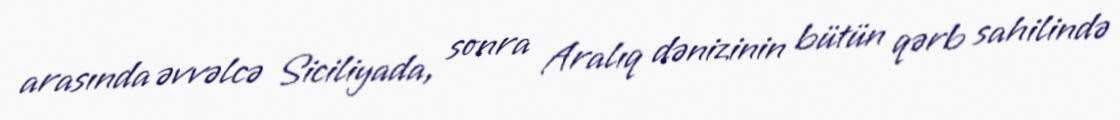
arasında əvvəlcə Siciliyada, sonra Aralıq dənizinin bütün qərb sahilində